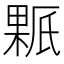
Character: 𰘊